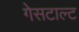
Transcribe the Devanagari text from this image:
गेसटाल्ट